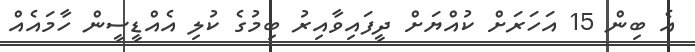
އެ ބިން 15 އަހަރަށް ކުއްޔަށް ދީފައިވާއިރު ބިމުގެ ކުލި އެއްޑީސީން ހާމައެއް